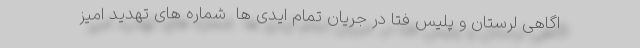
اگاهی لرستان و پلیس فتا در جریان تمام ایدی ها ‌ شماره های تهدید امیز